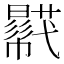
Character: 𧂓